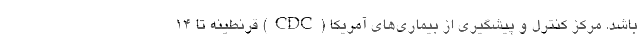
باشد. مرکز کنترل و پیشگیری از بیماری‌های آمریکا (CDC) قرنطینه تا ۱۴